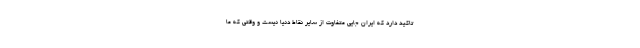
تاکید دارد که ایران جایی متفاوت از سایر نقاط دنیا نیست و وقتی که ما